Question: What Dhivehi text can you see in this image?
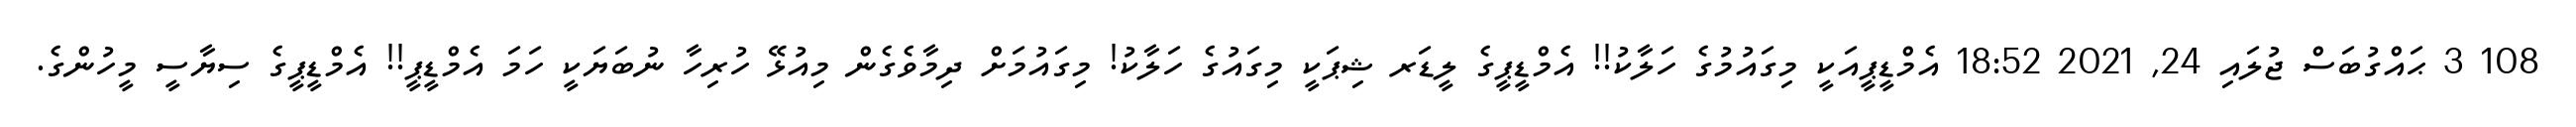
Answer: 108 3 ޙައްގުބަސް ޖުލައި 24, 2021 18:52 އެމްޑީޕީއަކީ މިގައުމުގެ ހަލާކު!! އެމްޑީޕީގެ ލީޑަރ ޝިޕަކީ މިގައުގެ ހަލާކު! މިގައުމަށް ދިމާވެގެން މިއުޅޭ ހުރިހާ ނުބަޔަކީ ހަމަ އެމްޑީޕީ!! އެމްޑީޕީގެ ސިޔާސީ މީހުންގެ.